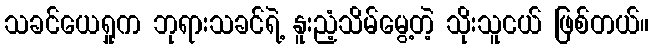
သခင်ယေရှုက ဘုရားသခင်ရဲ့ နူးညံ့သိမ်မွေ့တဲ့ သိုးသူငယ် ဖြစ်တယ်။